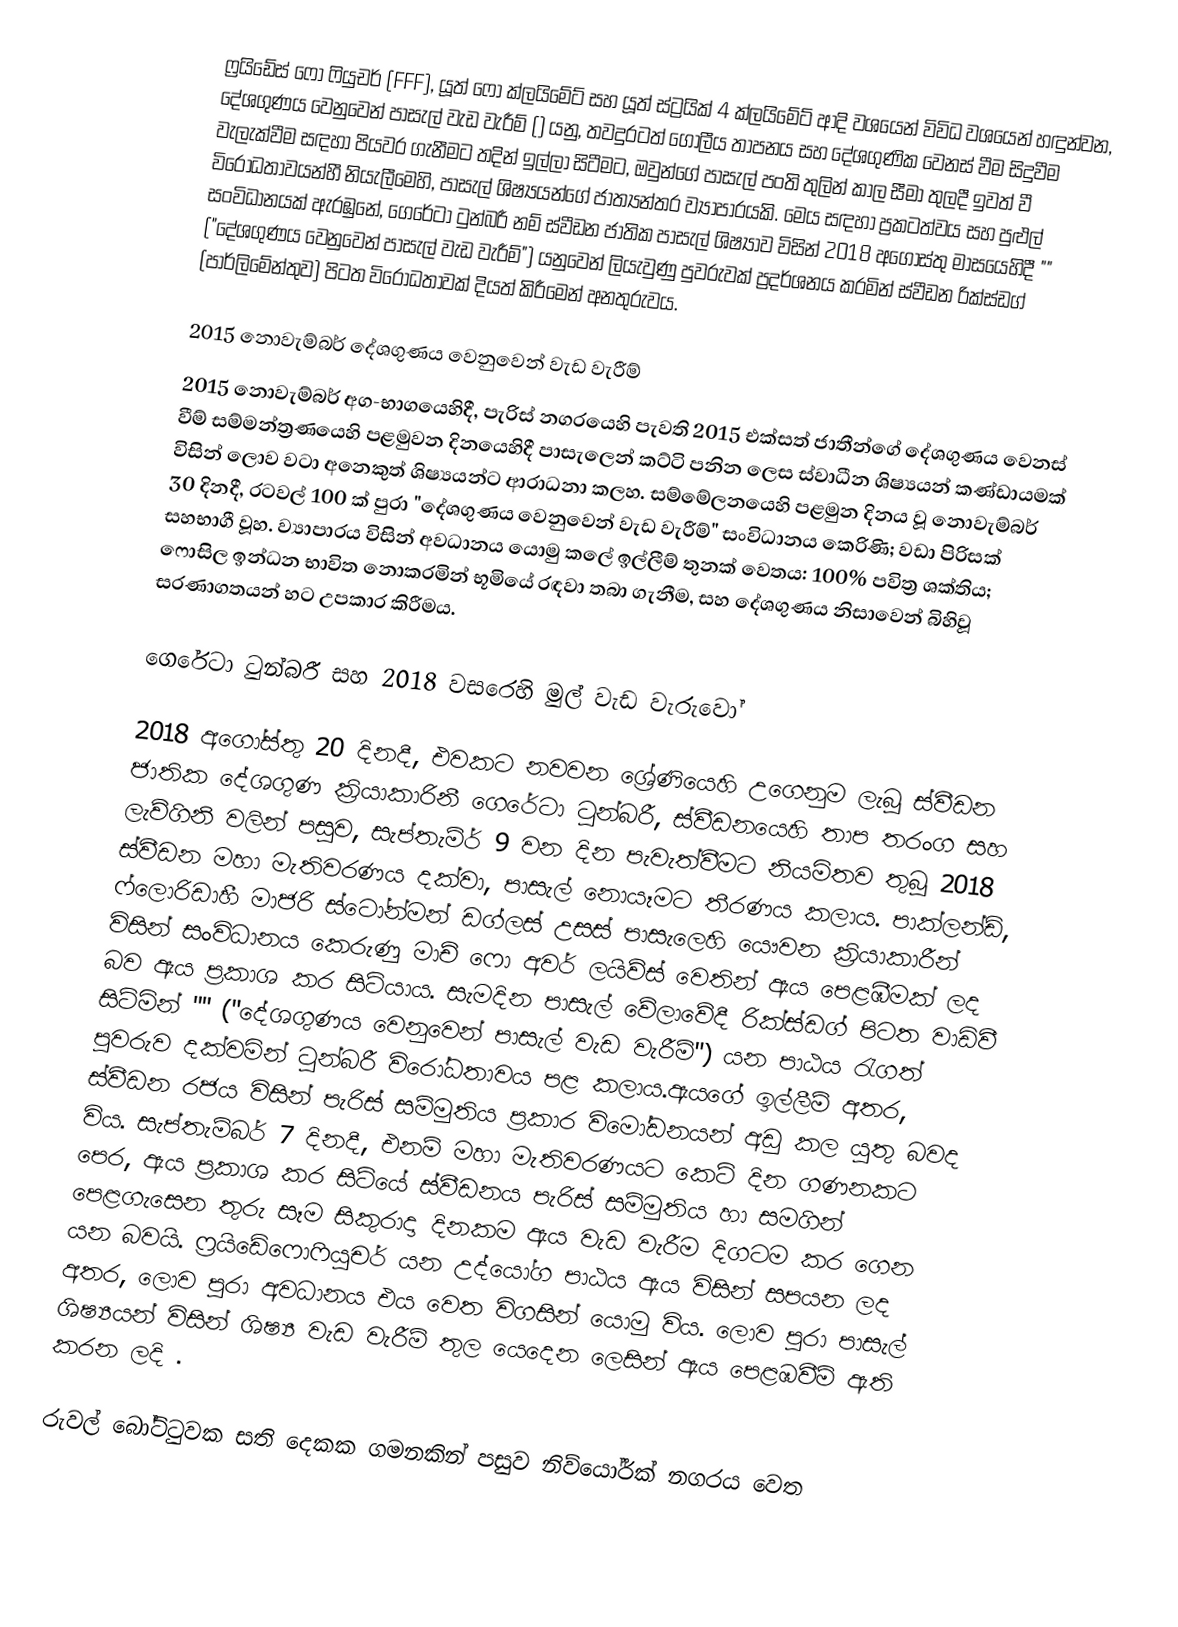
ෆ්‍රයිඩේස් ෆො ෆියුචර් (FFF), යූත් ෆො ක්ලයිමේට් සහ යූත් ස්ට්‍රයික් 4 ක්ලයිමේට් ආදි වශයෙන් විවිධ වශයෙන් හඳුන්වන, දේශගුණය වෙනුවෙන් පාසැල් වැඩ වැරීම් () යනු, තවදුරටත් ගෝලීය තාපනය සහ දේශගුණික වෙනස් වීම සිදුවීම වැලැක්වීම සඳහා  පියවර ගැනීමට තදින් ඉල්ලා සිටීමට, ඔවුන්ගේ පාසැල් පංති තුලින් කාල සීමා තුලදී ඉවත් වී  විරෝධතාවයන්හී නියැලීමෙහි, පාසැල් ශිෂ්‍යයන්ගේ ජාත්‍යන්තර ව්‍යාපාරයකි.  මෙය සඳහා ප්‍රකටත්වය සහ පුළුල් සංවිධානයක් ඇරඹුනේ, ගෙරේටා ටුන්බරී නම් ස්වීඩන ජාතික පාසැල් ශිෂ්‍යාව විසින් 2018 අගෝස්තු මාසයෙහිදී "" ("දේශගුණය වෙනුවෙන් පාසැල් වැඩ වැරීම්") යනුවෙන් ලියැවුණු පුවරුවක් ප්‍රදර්ශනය කරමින් ස්වීඩන රික්ස්ඩග් (පාර්ලිමේන්තුව) පිටත විරෝධතාවක් දියත් කිරීමෙන් අනතුරුවය.

2015 නොවැම්බර් දේශගුණය වෙනුවෙන් වැඩ වැරීම්
2015 නොවැම්බර් අග-භාගයෙහිදී, පැරිස් නගරයෙහි පැවති  2015 එක්සත් ජාතීන්ගේ දේශගුණය වෙනස් වීම් සම්මන්ත්‍රණයෙහි පළමුවන දිනයෙහිදී පාසැලෙන් කට්ටි පනින ලෙස ස්වාධීන ශිෂ්‍යයන් කණ්ඩායමක් විසින් ලොව වටා අනෙකුත් ශිෂ්‍යයන්ට ආරාධනා කලහ. සම්මේලනයෙහි පළමුන දිනය වූ නොවැම්බර් 30 දිනදී, රටවල් 100 ක් පුරා "දේශගුණය වෙනුවෙන් වැඩ වැරීම්" සංවිධානය කෙරිණි;  වඩා පිරිසක් සහභාගී වූහ. ව්‍යාපාරය විසින් අවධානය යොමු කලේ ඉල්ලීම් තුනක් වෙතය: 100% පවිත්‍ර ශක්තිය;  ෆොසිල ඉන්ධන  භාවිත නොකරමින් භූමියේ රඳවා තබා ගැනීම, සහ  දේශගුණය නිසාවෙන් බිහිවූ සරණාගතයන් හට උපකාර කිරීමය.

ගෙරේටා ටුන්බරී සහ 2018 වසරෙහි මුල් වැඩ වැරුවෝ

2018 අගෝස්තු 20 දිනදී, එවකට නවවන ශ්‍රේණියෙහි උගෙනුම ලැබූ ස්වීඩන ජාතික දේශගුණ ක්‍රියාකාරිනී ගෙරේටා ටුන්බරී, ස්වීඩනයෙහි  තාප තරංග සහ ලැව්ගිනි වලින් පසුව, සැප්තැම්ර් 9 වන දින පැවැත්වීමට නියමිතව තුබූ  2018 ස්වීඩන මහා මැතිවරණය දක්වා, පාසැල් නොයෑමට තීරණය කලාය.  පාක්ලන්ඩ්, ෆ්ලොරිඩාහී  මාජරි ස්ටෝන්මන් ඩග්ලස් උසස් පාසැලෙහි යෞවන ක්‍රියාකාරීන් විසින් සංවිධානය කෙරුණු මාච් ෆො අවර් ලයිව්ස් වෙතින් ඇය පෙළඹීමක් ලද බව ඇය ප්‍රකාශ කර සිටියාය.  සැමදින පාසැල් වේලාවේදී රික්ස්ඩග් පිටත වාඩිවී සිටිමින් "" ("දේශගුණය වෙනුවෙන් පාසැල් වැඩ වැරීම්") යන පාඨය රැගත් පුවරුව දක්වමින් ටුන්බරී විරෝධතාවය පළ කලාය.ඇයගේ ඉල්ලීම් අතර, ස්වීඩන රජය විසින්  පැරිස් සම්මුතිය ප්‍රකාර විමෝඩනයන් අඩු කල යුතු බවද විය.  සැප්තැම්බර් 7 දිනදී, එනම් මහා මැතිවරණයට කෙටි දින ගණනකට පෙර, ඇය ප්‍රකාශ කර සිටියේ ස්වීඩනය පැරිස් සම්මුතිය හා සමගින්  පෙළගැසෙන තුරු සෑම සිකුරාදා දිනකම ඇය වැඩ වැරීම දිගටම කර ගෙන යන බවයි. ෆ්‍රයිඩේෆොෆියුචර් යන උද්යෝග පාඨය ඇය විසින් සපයන ලද අතර, ලොව පුරා අවධානය එය වෙත විගසින් යොමු විය. ලොව පුරා පාසැල් ශිෂ්‍යයන් විසින් ශිෂ්‍ය වැඩ වැරීම් තුල යෙදෙන ලෙසින් ඇය පෙළඹවීම් ඇති කරන ලදි .

රුවල් බෝට්ටුවක සති දෙකක ගමනකින් පසුව නිව්යෝර්ක් නගරය වෙත